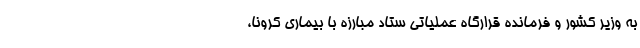
به وزیر کشور و فرمانده قرارگاه عملیاتی ستاد مبارزه با بیماری کرونا،